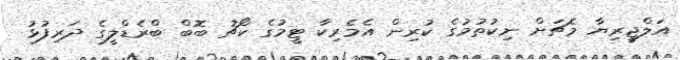
އަލްޖީރިޔާ މެޗަށް ނިކުތުމުގެ ކުރިން އެމެރިކާ ޓީމުގެ ކޯޗު ބޮބް ބްރެޑްލީގެ ދަރިފުޅު